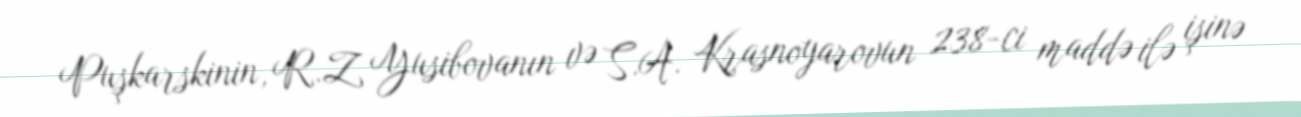
Puşkarskinin, R.Z Yusibovanın və S.A. Krasnoyarovun 238-ci maddə ilə işinə